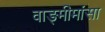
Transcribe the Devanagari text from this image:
वाङ्‍मीमांसा